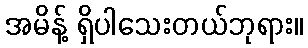
အမိန့် ရှိပါသေးတယ်ဘုရား။